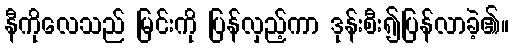
နီကိုလေသည် မြင်းကို ပြန်လှည့်ကာ ဒုန်းစီး၍ပြန်လာခဲ့၏။